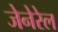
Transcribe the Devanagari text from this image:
जेनेरेल